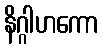
နိဂ္ဂါဟကော